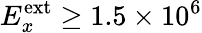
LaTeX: E_{x}^{\textrm{ext}}\geq 1.5\times 10^{6}